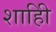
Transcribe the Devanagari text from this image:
शाहीि